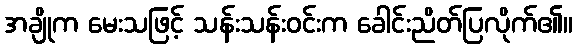
အချိုက မေးသဖြင့် သန်းသန်းဝင်းက ခေါင်းညိတ်ပြလိုက်၏။